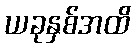
ယခုနှစ်အထိ